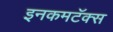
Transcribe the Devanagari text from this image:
इनकमटॅक्स